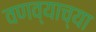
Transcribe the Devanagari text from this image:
वणव्याच्या